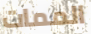
الممات